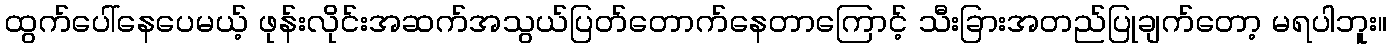
ထွက်ပေါ်နေပေမယ့် ဖုန်းလိုင်းအဆက်အသွယ်ပြတ်တောက်နေတာကြောင့် သီးခြားအတည်ပြုချက်တော့ မရပါဘူး။